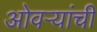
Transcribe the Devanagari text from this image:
ओवऱ्यांची